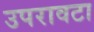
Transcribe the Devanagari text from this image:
उपरावटा